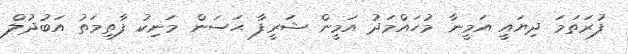
ފުރަތަމަ ދިޔައީ އަމީނާ މުހައްމަދު އަމީން ޝަރީފާ ޙަސަން މަނިކު ފާތިމަތު އަބުދުލް